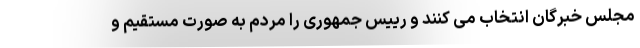
مجلس خبرگان انتخاب می کنند و رییس جمهوری را مردم به صورت مستقیم و